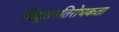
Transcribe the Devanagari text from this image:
विद्युतप्रतिरोधकता